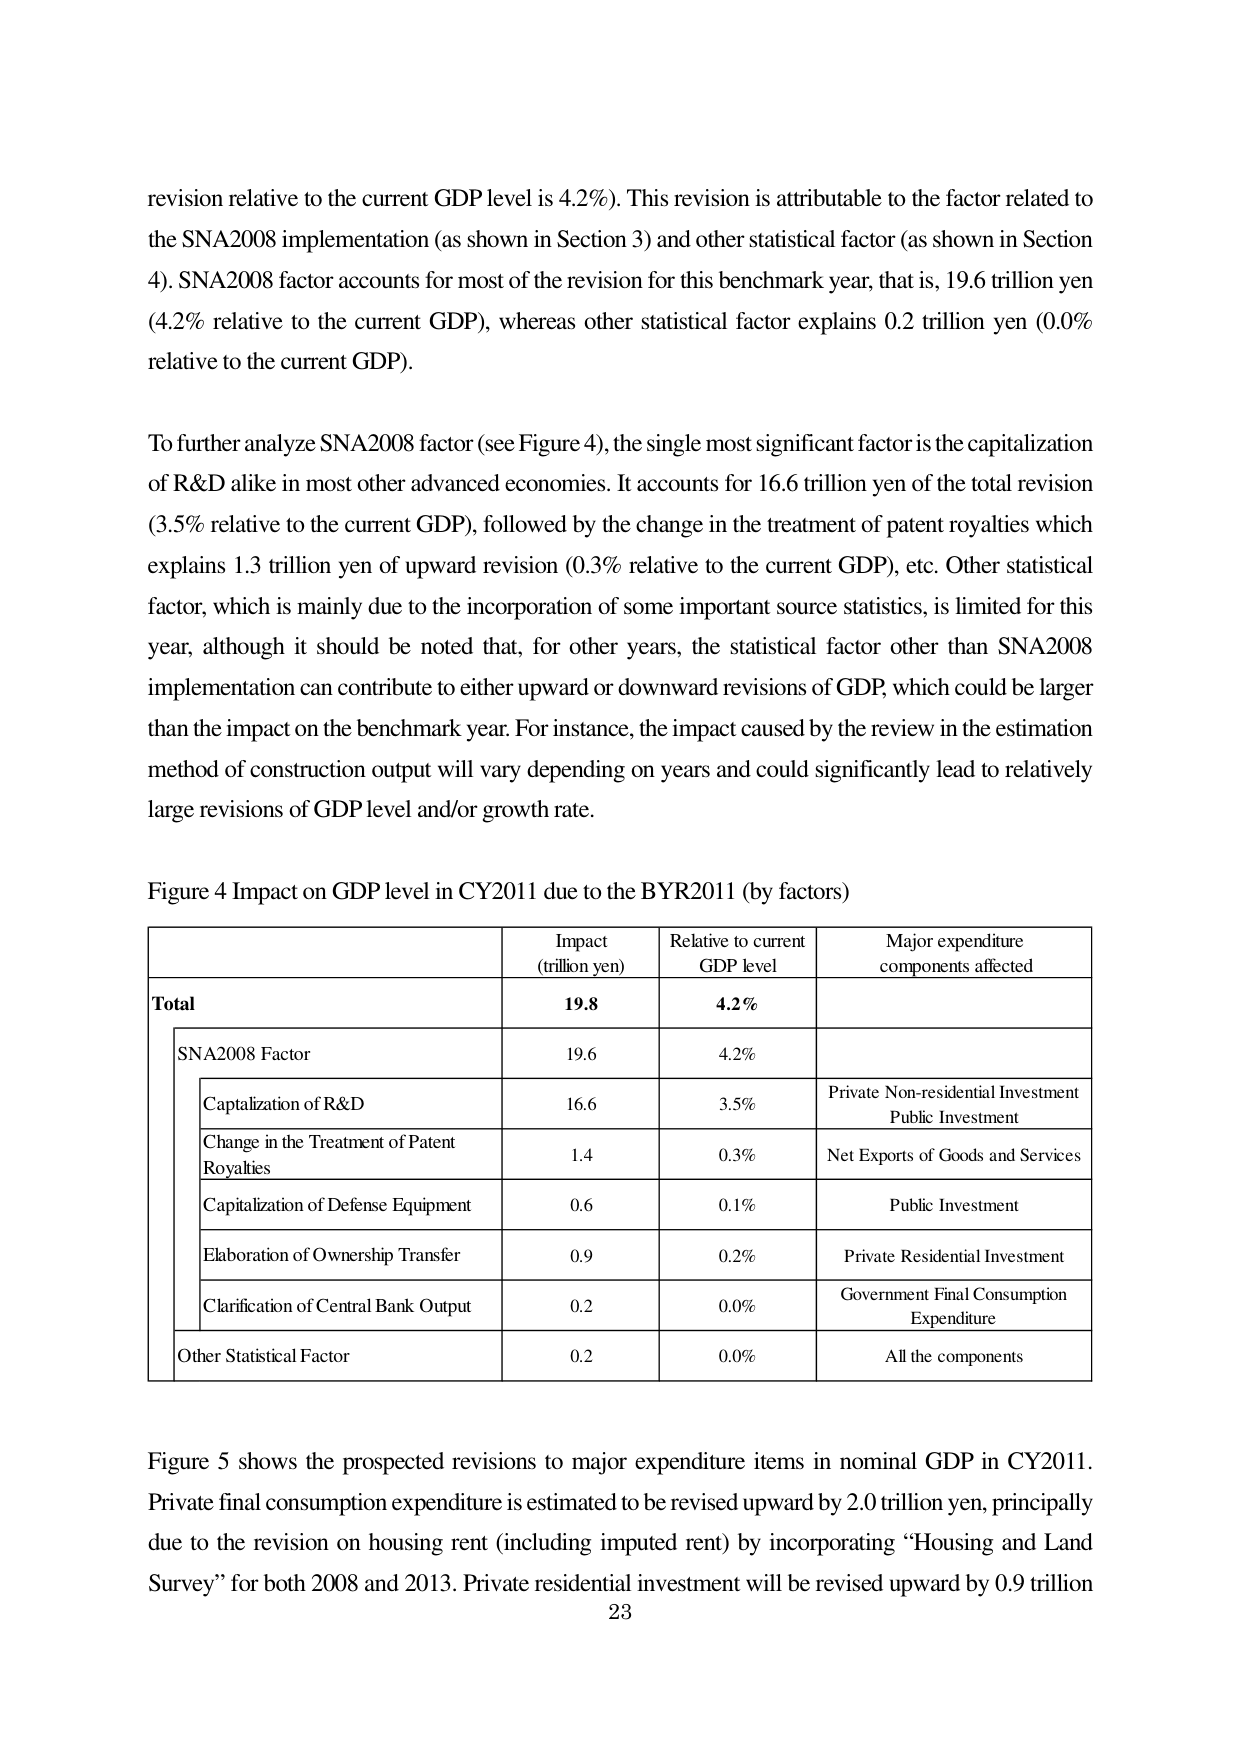
revision relative to the current GDP level is 4.2%). This revision is attributable to the factor related to the SNA2008 implementation (as shown in Section 3) and other statistical factor (as shown in Section 4). SNA2008 factor accounts for most of the revision for this benchmark year, that is, 19.6 trillion yen (4.2% relative to the current GDP), whereas other statistical factor explains 0.2 trillion yen (0.0% relative to the current GDP).

To further analyze SNA2008 factor (see Figure 4), the single most significant factor is the capitalization of R&D alike in most other advanced economies. It accounts for 16.6 trillion yen of the total revision (3.5% relative to the current GDP), followed by the change in the treatment of patent royalties which explains 1.3 trillion yen of upward revision (0.3% relative to the current GDP), etc. Other statistical factor, which is mainly due to the incorporation of some important source statistics, is limited for this year, although it should be noted that, for other years, the statistical factor other than SNA2008 implementation can contribute to either upward or downward revisions of GDP, which could be larger than the impact on the benchmark year. For instance, the impact caused by the review in the estimation method of construction output will vary depending on years and could significantly lead to relatively large revisions of GDP level and/or growth rate.

Figure 4 Impact on GDP level in CY2011 due to the BYR2011 (by factors)

Impact
(trillion yen)	Relative to current
GDP level	Major expenditure
components affected
Total	19.8	4.2%
SNA2008 Factor	19.6	4.2%
Capitalization of R&D	16.6	3.5%	Private Non-residential Investment
Public Investment
Change in the Treatment of Patent
Royalties	1.4	0.3%	Net Exports of Goods and Services
Capitalization of Defense Equipment	0.6	0.1%	Public Investment
Elaboration of Ownership Transfer	0.9	0.2%	Private Residential Investment
Clarification of Central Bank Output	0.2	0.0%	Government Final Consumption
Expenditure
Other Statistical Factor	0.2	0.0%	All the components

Figure 5 shows the prospected revisions to major expenditure items in nominal GDP in CY2011. Private final consumption expenditure is estimated to be revised upward by 2.0 trillion yen, principally due to the revision on housing rent (including imputed rent) by incorporating “Housing and Land Survey” for both 2008 and 2013. Private residential investment will be revised upward by 0.9 trillion
23